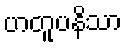
ဟတူပနိသာ